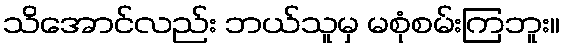
သိအောင်လည်း ဘယ်သူမှ မစုံစမ်းကြဘူး။